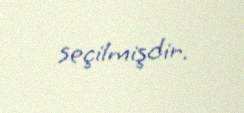
seçilmişdir.